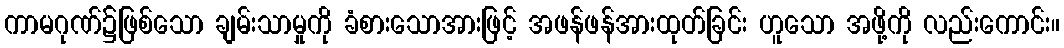
ကာမဂုဏ်၌ဖြစ်သော ချမ်းသာမှုကို ခံစားသောအားဖြင့် အဖန်ဖန်အားထုတ်ခြင်း ဟူသော အဖို့ကို လည်းကောင်း။